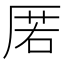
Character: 𭆋